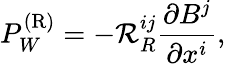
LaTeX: P_{W}^{(\mathrm{{R}})}=-{\cal{R}}_{R}^{ij}\frac{\partial B^{j}}{\partial x^{i}},